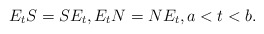
\begin{align*} E_t{S}={S}E_t ,E_t{N}={N}E_t ,a<t<b.\end{align*}